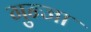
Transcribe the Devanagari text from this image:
गुन्जा